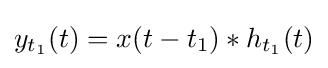
y_{t_{1}}(t)=x(t-t_{1})*h_{t_{1}}(t)